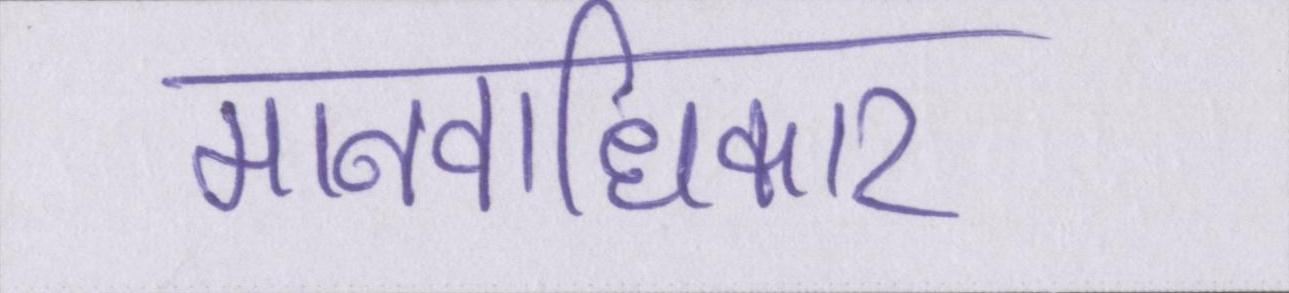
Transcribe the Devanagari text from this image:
मानवाधिकार